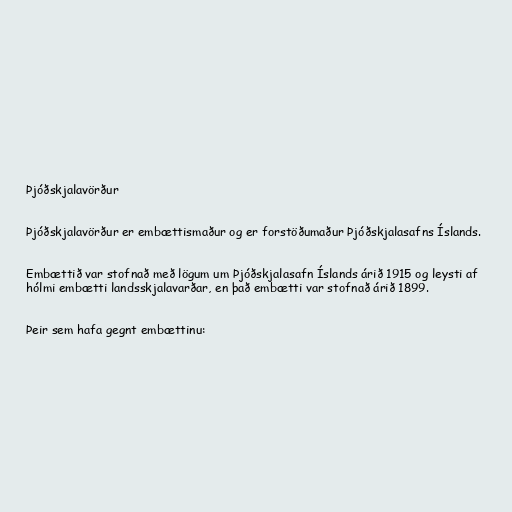
Þjóðskjalavörður

Þjóðskjalavörður er embættismaður og er forstöðumaður Þjóðskjalasafns Íslands.

Embættið var stofnað með lögum um Þjóðskjalasafn Íslands árið 1915 og leysti af
hólmi embætti landsskjalavarðar, en það embætti var stofnað árið 1899.

Þeir sem hafa gegnt embættinu: